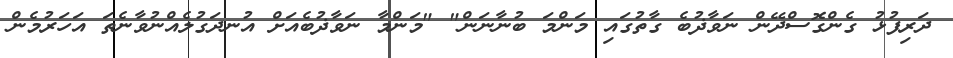
ދަރިފުޅު ގެންގޮސްދޭން ނަވާޛުބެ ގާތުގައި މަންމަ ބުނާނަން" "މަންމާ ނަވާޛުބެއަށް އުނދަގުލެއްނުވާނެތަ އަހަރުމެން